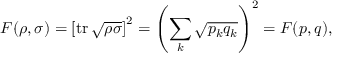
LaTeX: F ( \rho , \sigma ) = \left[ \operatorname { t r } { \sqrt { \rho \sigma } } \right] ^ { 2 } = \left( \sum _ { k } { \sqrt { p _ { k } q _ { k } } } \right) ^ { 2 } = F ( { \boldsymbol { p } } , { \boldsymbol { q } } ) ,